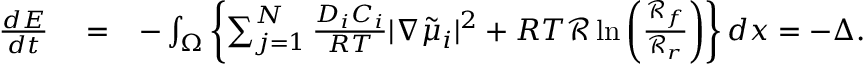
\begin{array} { r l r } { \frac { d E } { d t } } & { { } = } & { - \int _ { \Omega } \left\{ \sum _ { j = 1 } ^ { N } \frac { D _ { i } C _ { i } } { R T } | \nabla \tilde { \mu } _ { i } | ^ { 2 } + R T \mathcal { R } \ln \left( \frac { \mathcal { R } _ { f } } { \mathcal { R } _ { r } } \right) \right\} d x = - \Delta . } \end{array}